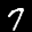
Label: 7